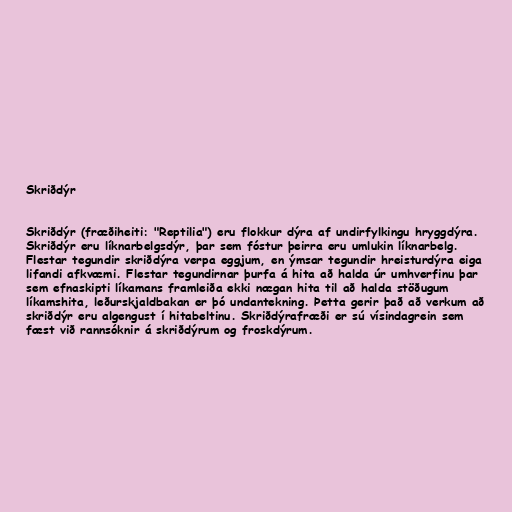
Skriðdýr

Skriðdýr (fræðiheiti: "Reptilia") eru flokkur dýra af undirfylkingu hryggdýra.
Skriðdýr eru líknarbelgsdýr, þar sem fóstur þeirra eru umlukin líknarbelg.
Flestar tegundir skriðdýra verpa eggjum, en ýmsar tegundir hreisturdýra eiga
lifandi afkvæmi. Flestar tegundirnar þurfa á hita að halda úr umhverfinu þar
sem efnaskipti líkamans framleiða ekki nægan hita til að halda stöðugum
líkamshita, leðurskjaldbakan er þó undantekning. Þetta gerir það að verkum að
skriðdýr eru algengust í hitabeltinu. Skriðdýrafræði er sú vísindagrein sem
fæst við rannsóknir á skriðdýrum og froskdýrum.